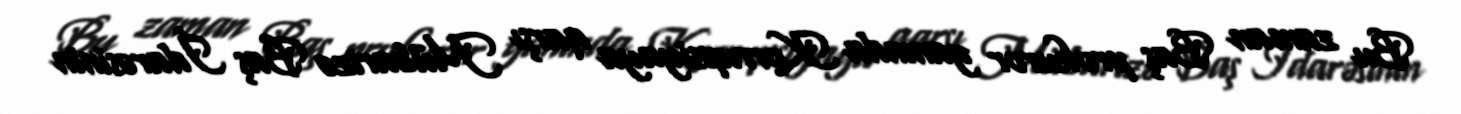
Bu zaman Baş prokuror yanında Korrupsiyaya qarşı Mübarizə Baş İdarəsinin